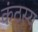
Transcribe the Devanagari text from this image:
कंठस्य